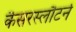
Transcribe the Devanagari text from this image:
कैसरस्लौटर्न